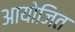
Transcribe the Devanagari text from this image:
आयोजित